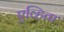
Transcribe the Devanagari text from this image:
एव्हिता